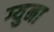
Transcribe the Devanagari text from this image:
ग्युना